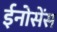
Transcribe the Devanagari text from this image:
ईनोसेंस